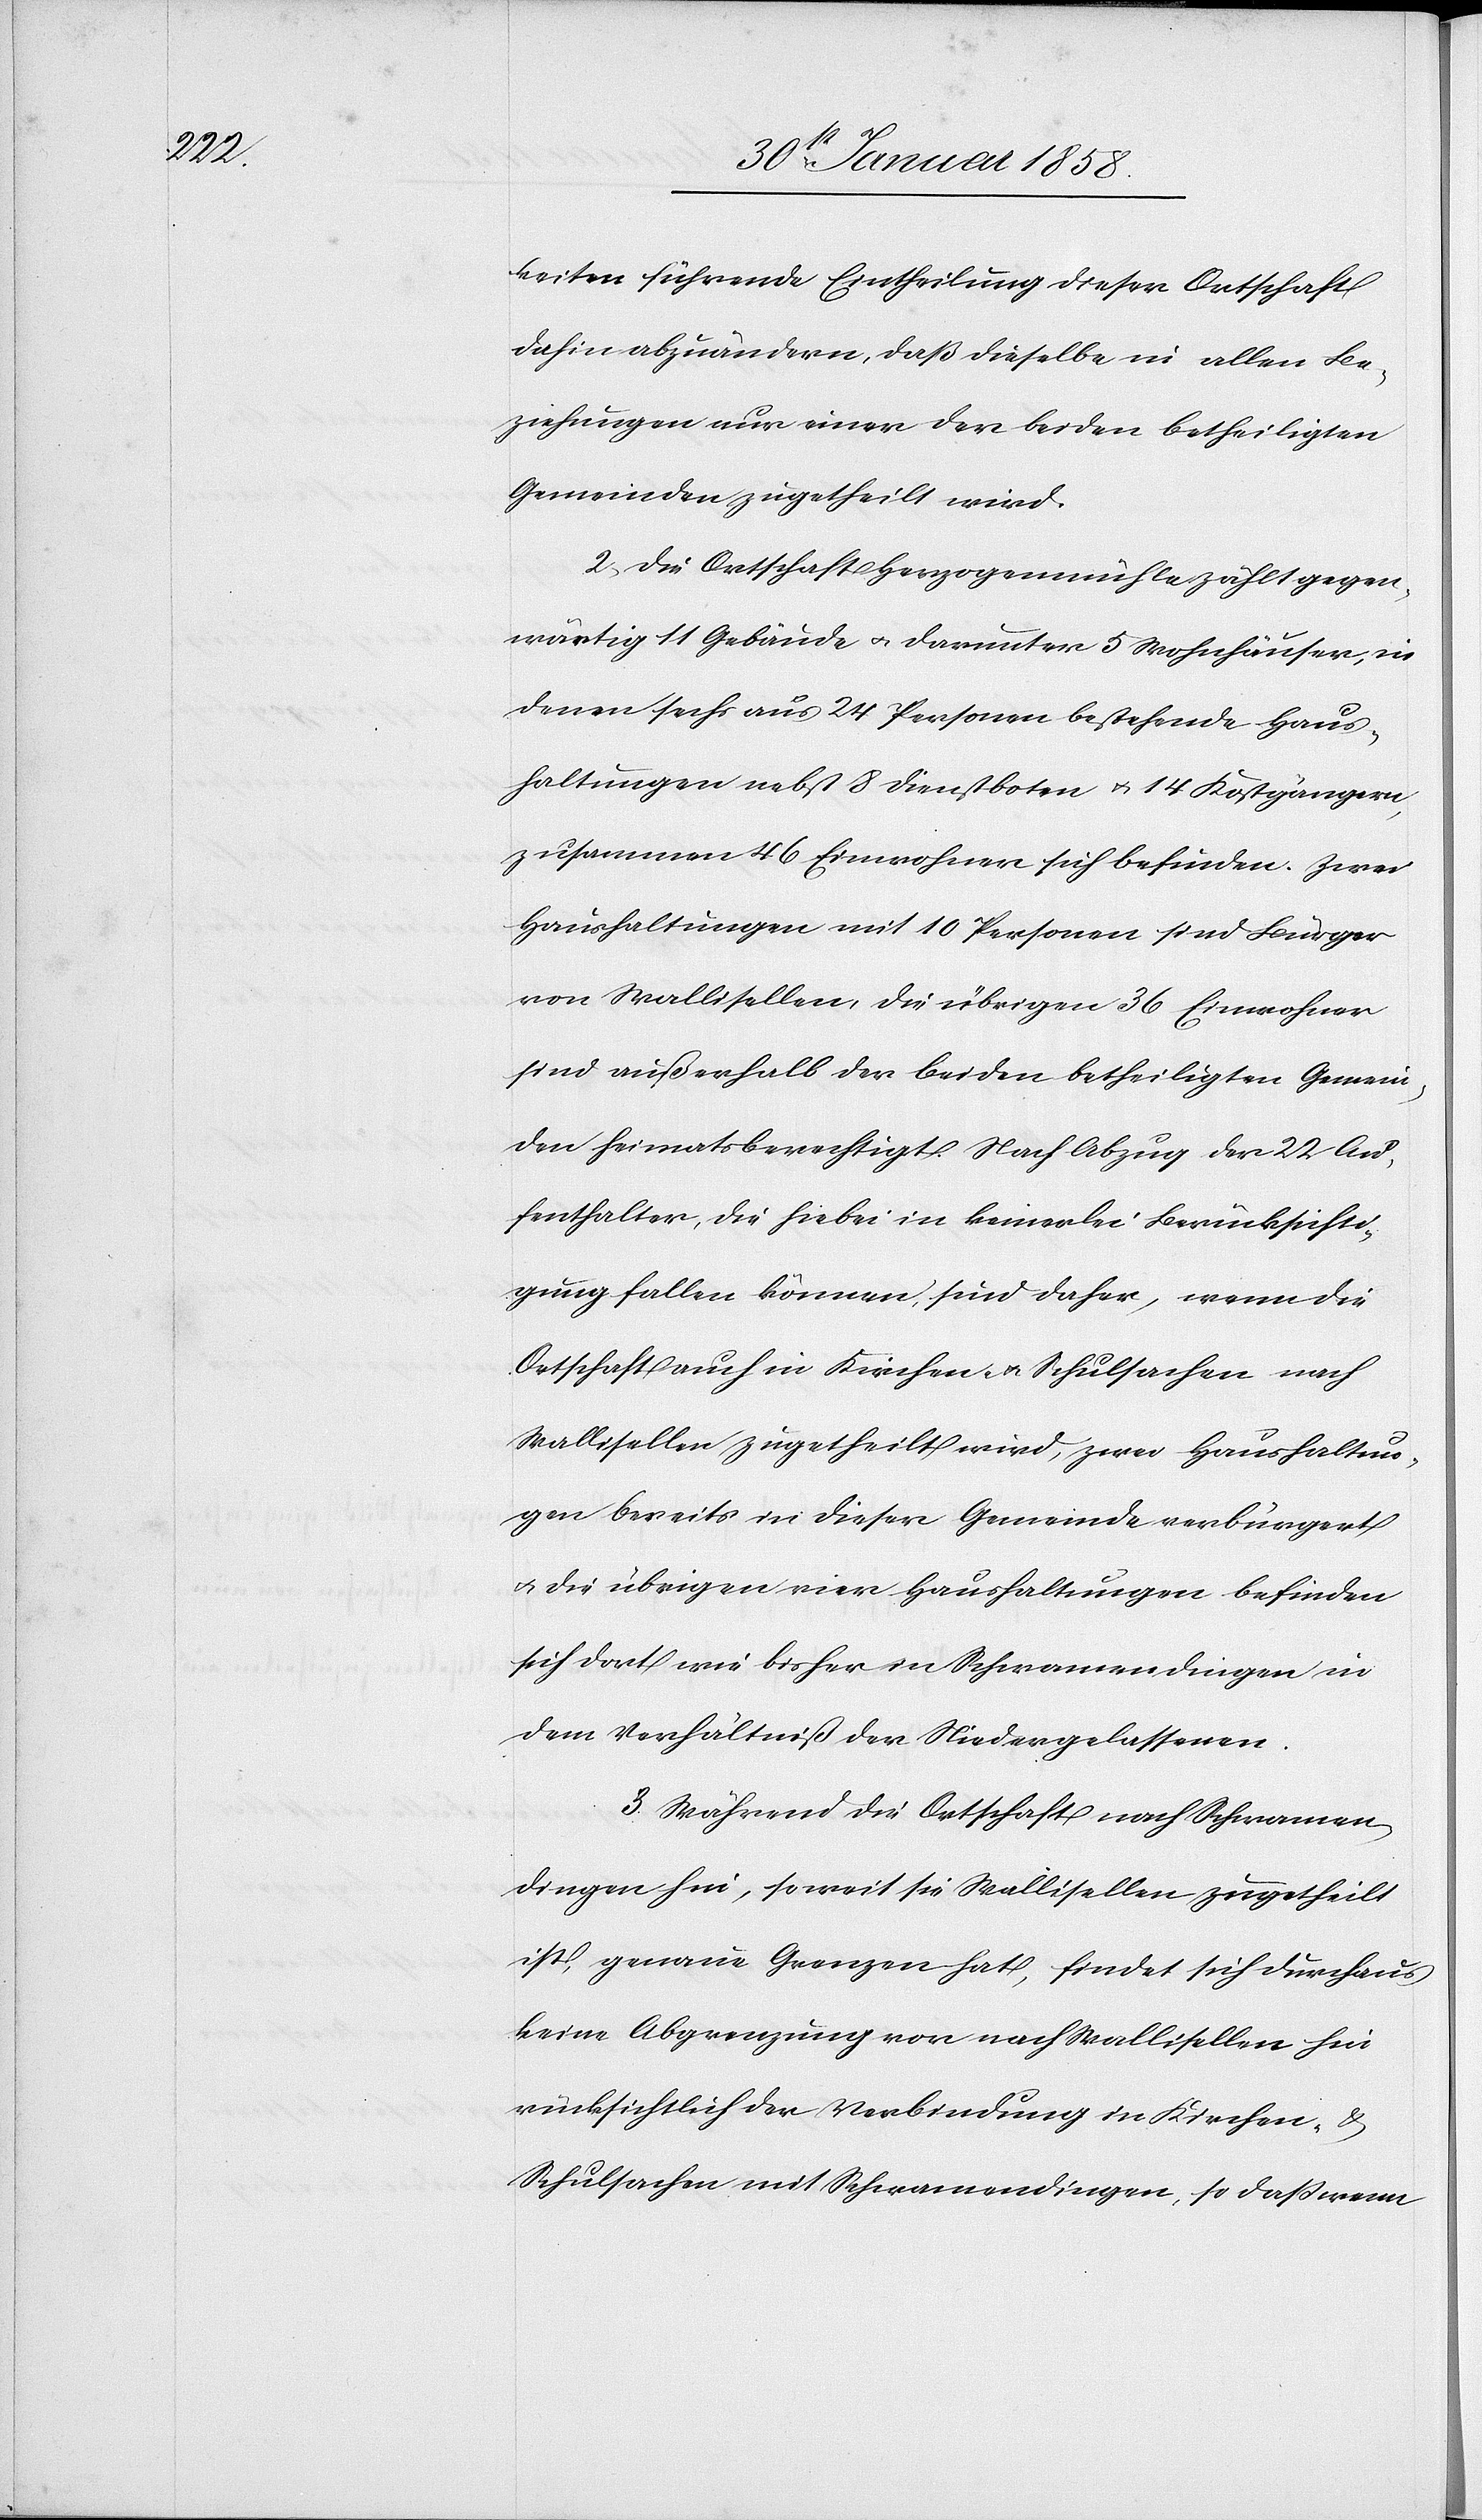
keiten führende Eintheilung dieser Ortschaft
dahin abzuändern, daß dieselbe in allen Be¬
ziehungen nur einer der beiden betheiligten
Gemeinden zugetheilt wird.
2. Die Ortschaft Herzogenmühle zählt gegen¬
wärtig 11 Gebäude u. darunter 5 Wohnhäuser, in
denen sechs aus 24 Personen bestehende Haus¬
haltungen nebst 8 Dienstboten u. 14 Kostgängern,
zusammen 46 Einwohner sich befinden. Zwei
Haushaltungen mit 10 Personen sind Bürger
von Wallisellen, die übrigen 36 Einwohner
sind außerhalb der beiden betheiligten Gemein¬
den heimatsberechtigt. Nach Abzug der 22 Au¬
fenthalter, die hiebei in keinerlei Berücksichti¬
gung fallen können, sind daher, wenn die
Ortschaft auch in Kirchen- u. Schulsachen nach
Wallisellen zugetheilt wird, zwei Haushaltun¬
gen bereits in dieser Gemeinde verbürgert
und die übrigen vier Haushaltungen befinden
sich dort wie bisher in Schwamendingen in
dem Verhältniß der Niedergelassenen.
3. Während die Ortschaft nach Schwamen¬
dingen hin, soweit sie Wallisellen zugetheilt
ist, genaue Grenzen hat, findet sich durchaus
keine Abgrenzung vor nach Wallisellen hin
rücksichtlich der Verbindung in Kirchen- &
Schulsachen mit Schwamendingen, so daß wenn